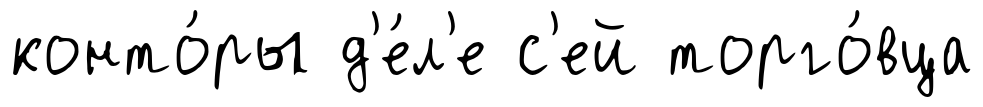
конто́ры д'е́л'е с'ей торго́вца